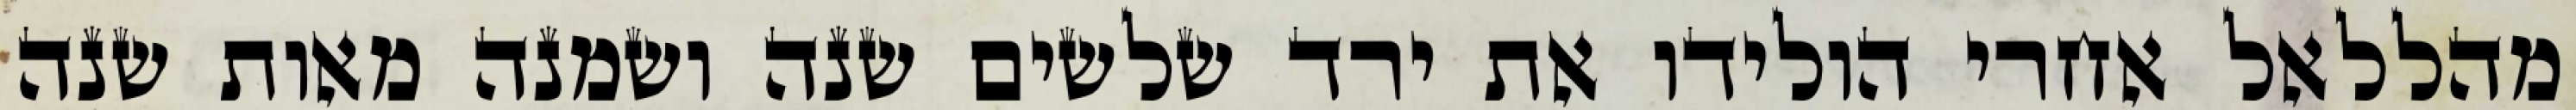
מהללאל אחרי הולידו את ירד שלשים שנה ושמנה מאות שנה